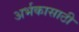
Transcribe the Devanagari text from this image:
अर्भकासाठी